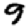
Digit: 9